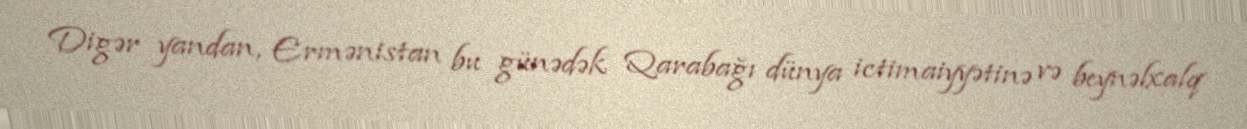
Digər yandan, Ermənistan bu günədək Qarabağı dünya ictimaiyyətinə və beynəlxalq